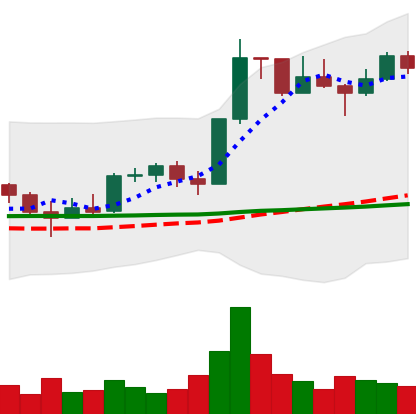
Ticker: LTC-USD
Chart end date: 2022-12-01
Forward return: 3.1%
Label: up_3_5